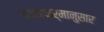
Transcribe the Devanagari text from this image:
यज्ञकर्मानुसार